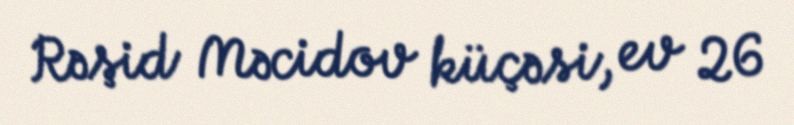
Rəşid Məcidov küçəsi, ev 26